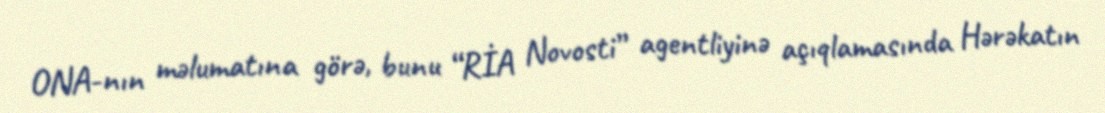
ONA-nın məlumatına görə, bunu “RİA Novosti” agentliyinə açıqlamasında Hərəkatın